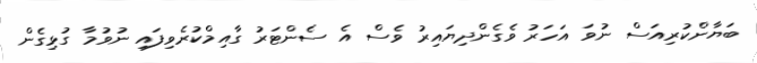
ބަޔާންކުރިއަސް ނުވަ އަހަރު ވެގެންދިޔައިރު ވެސް އެ ސެންޓަރު ގާއިމްކުރެވިފައި ނުވުމާ ގުޅިގެން